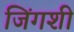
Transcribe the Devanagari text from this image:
जिंगशी